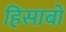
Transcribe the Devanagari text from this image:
हिसाबों